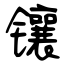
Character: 镶